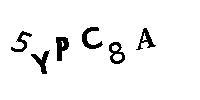
5YPC8A